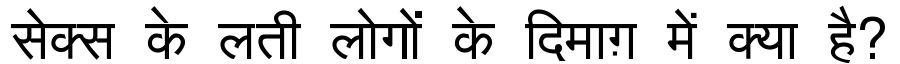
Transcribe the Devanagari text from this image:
सेक्स के लती लोगों के दिमाग़ में क्या है?